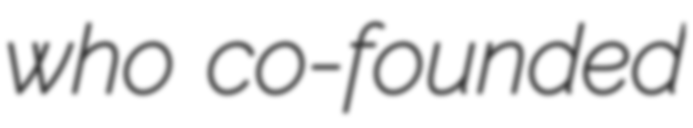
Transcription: who co-founded